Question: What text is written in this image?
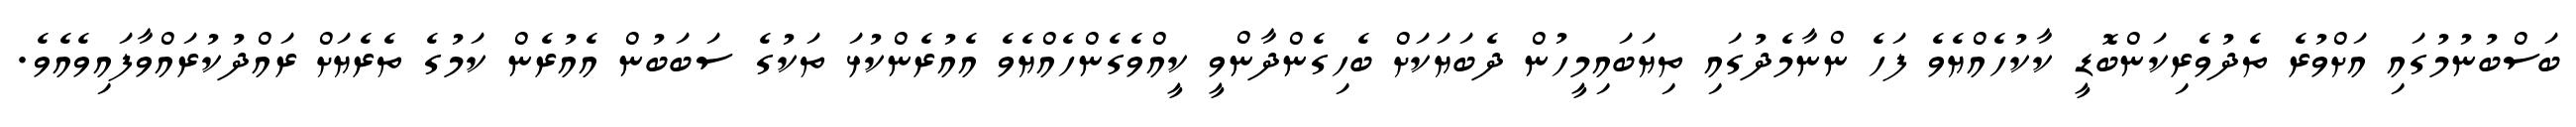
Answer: ބަސްބުނުމުގައި އަށްވުރެ ތެދުވެރިކަންބޮޑީ ކާކުހެއްޔެވެ ފަހެ ންނާމެދުގައި ތިޔަބައިމީހުން ދެބަޔަކަށް ބެހިގެންދާންވީ ކީއްވެގެންހެއްޔެވެ އެއުރެންކުޅަ ތަކުގެ ސަބަބުން އެއުރެން ކަމުގެ ތެރެޔަށް ރައްދުކުރައްވާފައިވެއެވެ.